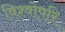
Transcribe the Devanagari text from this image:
विश्वोपरि